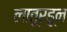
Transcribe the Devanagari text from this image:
लातूरहून